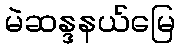
မဲဆန္ဒနယ်မြေ